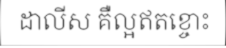
ដាលីស គឺល្អឥតខ្ចោះ